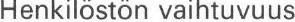
Henkilöstön vaihtuvuus